Trukikaitis_Postimees, lk 26
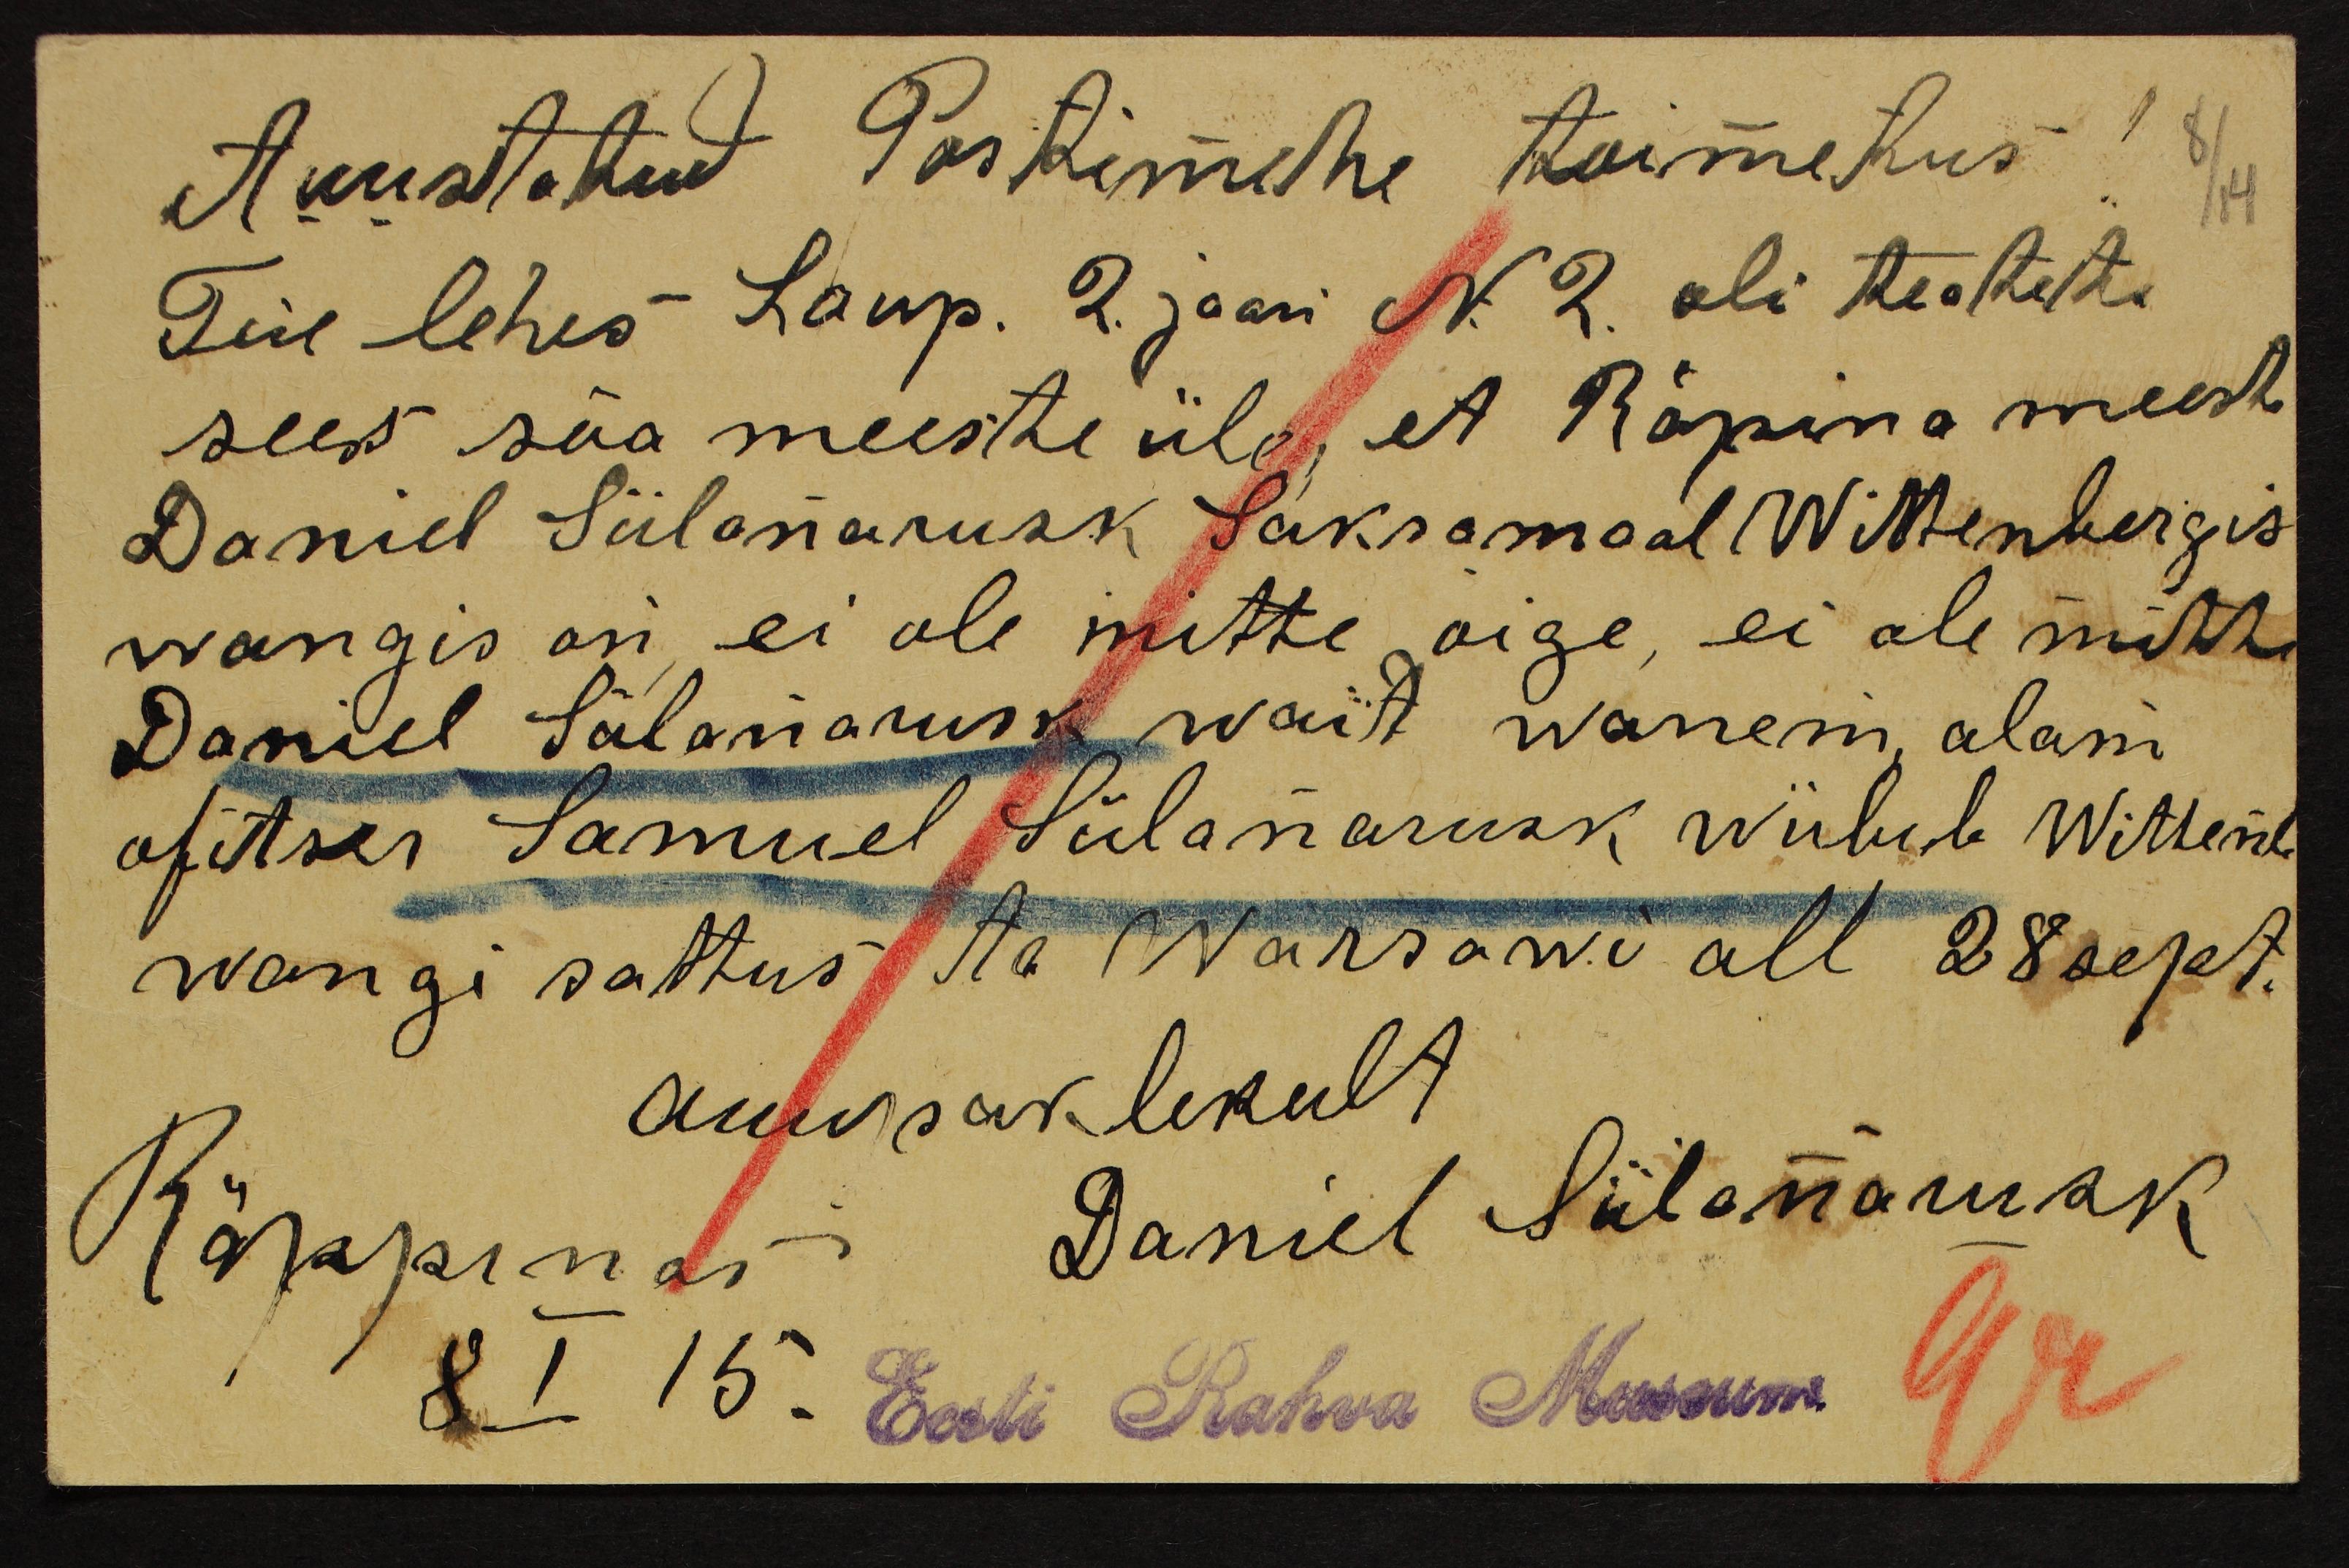
Auustatud Postimehe toimetus
Teie lehes Laup. 2. jaan No 2. oli teatete
sees sõa meeste üle, et Räpina meest
Daniel Siilanarusk Saksamaal Wittenbergis
wangis on, ei ole mitte õige, ei ole mitte
Daniel Siilanarusk wait wanem, alam
ofitser Samuel Siilanaruksk wiibida Wittenb
wangi sattus ta Warrsawi all 28 sept.
auupaklikult
Räppinas Daniel Siilanarusk.
8 I 15.
Eesti Rahva Museum